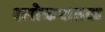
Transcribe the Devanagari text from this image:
श्लोकशतक